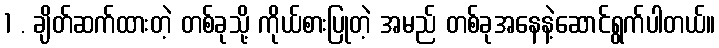
1 . ချိတ်ဆက်ထားတဲ့ တစ်ခုသို့ ကိုယ်စားပြုတဲ့ အမည် တစ်ခုအနေနဲ့ဆောင်ရွက်ပါတယ်။